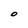
Character: O